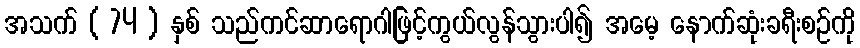
အသက် ( 74 ) နှစ် သည်ကင်ဆာရောဂါဖြင့်ကွယ်လွန်သွားပါ၍ အမေ့ နောက်ဆုံးခရီးစဉ်ကို